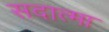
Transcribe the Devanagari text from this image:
सदात्मा